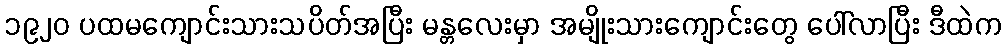
၁၉၂၀ ပထမကျောင်းသားသပိတ်အပြီး မန္တလေးမှာ အမျိုးသားကျောင်းတွေ ပေါ်လာပြီး ဒီထဲက